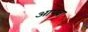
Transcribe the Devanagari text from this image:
आपवा